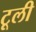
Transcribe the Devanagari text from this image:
टूली